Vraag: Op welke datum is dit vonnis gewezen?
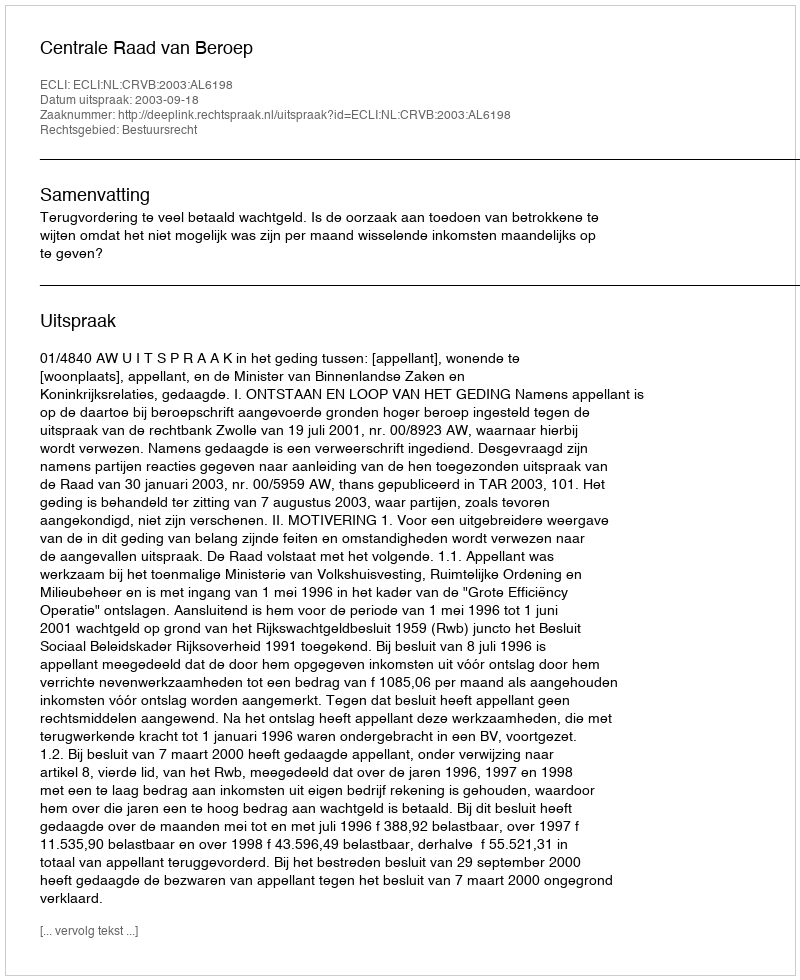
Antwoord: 2003-09-18